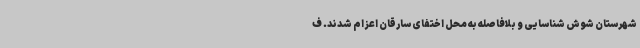
شهرستان شوش شناسایی و بلافاصله به محل اختفای سارقان اعزام شدند. ف